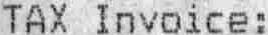
TAX INVOICE :